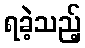
ရခဲ့သည့်